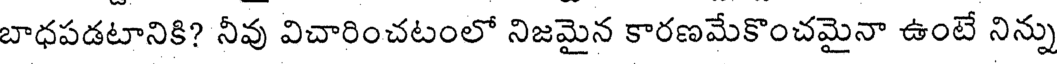
బాధపడటానికి? నీవు విచారించటంలో నిజమైన కారణమేకొంచమైనా ఉంటే నిన్ను